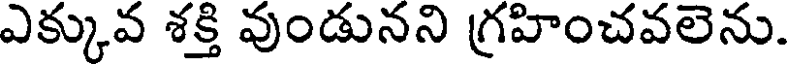
ఎక్కువ శక్తి వుండునని గ్రహించవలెను.